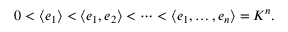
0 < \left\langle e _ { 1 } \right\rangle < \left\langle e _ { 1 } , e _ { 2 } \right\rangle < \cdots < \left\langle e _ { 1 } , \ldots , e _ { n } \right\rangle = K ^ { n } .